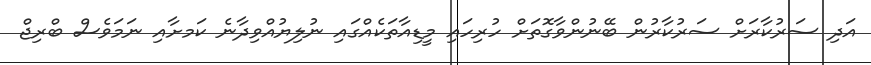
އަދި ސަރުކާރަށް ސަރުކާރުން ބޭނުންވާގޮތަށްް ހުރިހައި މީޑިއާތަކެއްގައި ނުލިޔުއްވިދާނެ ކަަމށާއި ނަމަވެސް ބްރިޖް